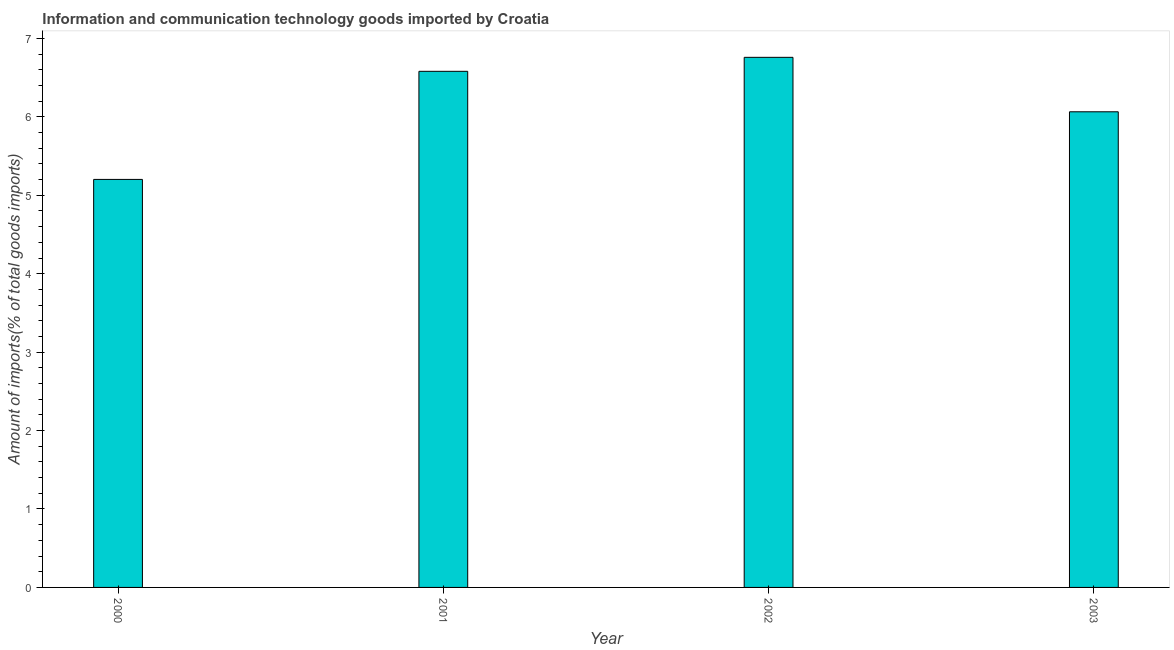
| Year | ICT goods imports |
 | --- | --- |
 | 2000 | 5.2 |
 | 2001 | 6.58 |
 | 2002 | 6.76 |
 | 2003 | 6.06 |